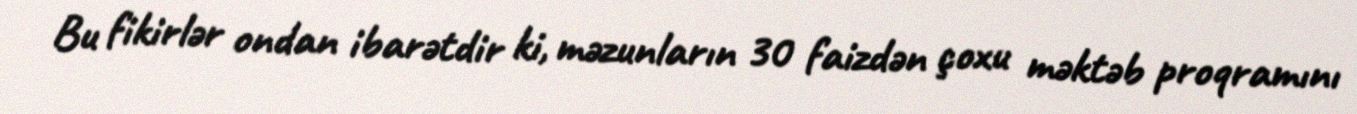
Bu fikirlər ondan ibarətdir ki, məzunların 30 faizdən çoxu məktəb proqramını